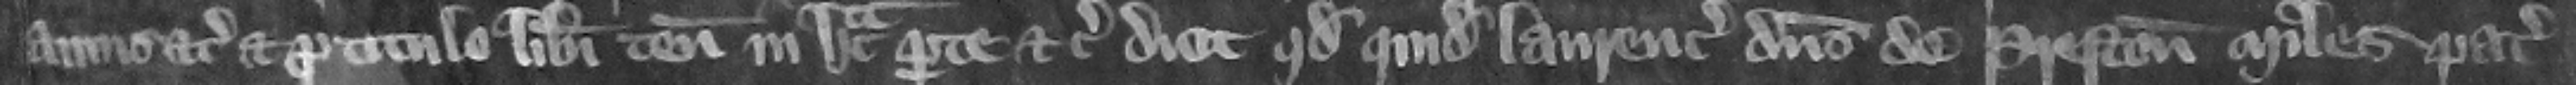
annis etc. Et pro titulo liberi tenementi in hac parte etc. dicit quod quidam Laurencius dominus de Preston miles pater